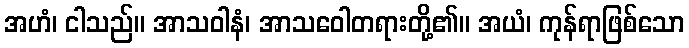
အဟံ၊ ငါသည်။ အာသဝါနံ၊ အာသဝေါတရားတို့၏။ အယံ၊ ကုန်ရာဖြစ်သော